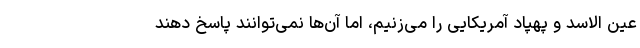
عین الاسد و پهپاد آمریکایی را می‌زنیم، اما آن‌ها نمی‌توانند پاسخ دهند